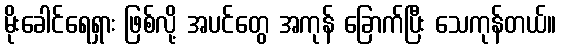
မိုးခေါင်ရေရှား ဖြစ်လို့ အပင်တွေ အကုန် ခြောက်ပြီး သေကုန်တယ်။